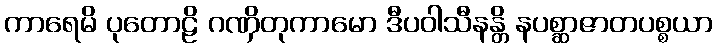
ကာရေမိ ပုတောဠိ ဂဏှိတုကာမော ဒီပဝါသီနန္တိ နပစ္ဆာဇာတပစ္စယာ